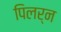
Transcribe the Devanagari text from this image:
पिलर्न